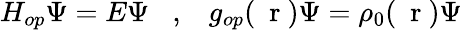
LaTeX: H_{op}\Psi=E\Psi\; \; \; ,\; \; \; g_{op}(\mathrm{~\mathbf~r~})\Psi=\rho_{0}(\mathrm{~\mathbf~r~})\Psi